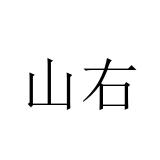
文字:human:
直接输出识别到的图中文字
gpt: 山右